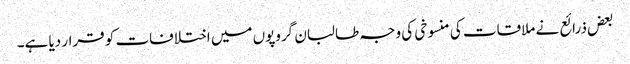
بعض ذرائع نے ملاقات کی منسوخی کی وجہ طالبان گروپوں میں اختلافات کو قرار دیا ہے۔